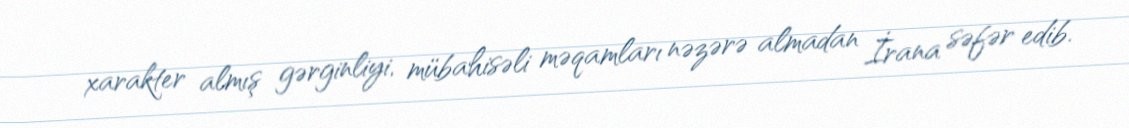
xarakter almış gərginliyi, mübahisəli məqamları nəzərə almadan İrana səfər edib.